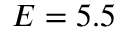
E = 5 . 5